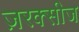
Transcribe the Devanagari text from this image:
ज़रक्सीज